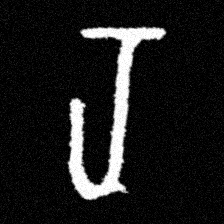
Pyu character \u2014 Myanmar letter: ရ (romanized: ra)